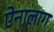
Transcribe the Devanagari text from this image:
ऐनालाग